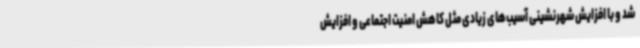
شد و با افزایش شهرنشینی آسیب‌های زیادی مثل کاهش امنیت اجتماعی و افزایش